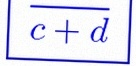
\frac{a+b}{c+d}